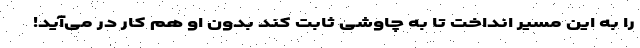
را به این مسیر انداخت تا به چاوشی ثابت کند بدون او هم کار در می‌آید!